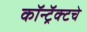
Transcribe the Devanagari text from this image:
कॉन्ट्रॅक्‍टचे